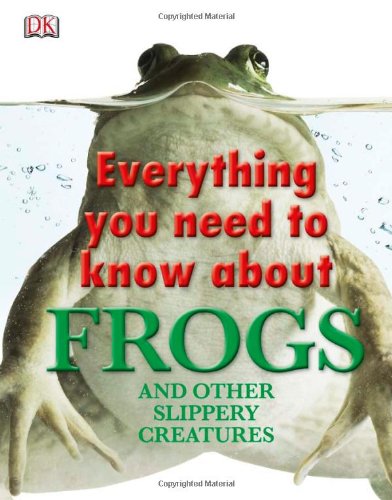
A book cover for Everything You Need to Know About Frogs and Other Slippery Creatures (Everything You Need Know); DK Publishing; Children's Books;